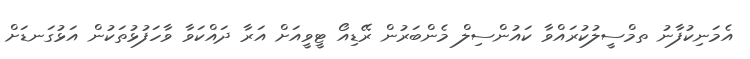
އެމަނިކުފާނު ތމްސީލުކުރައްވާ ކައުންސިލް މެންބަރުން ރޭޑިއޯ ޓީވީއަށް އަރާ ދައްކަވާ ވާހަފުޅުތަކުން އަޅުގަނޑަށް